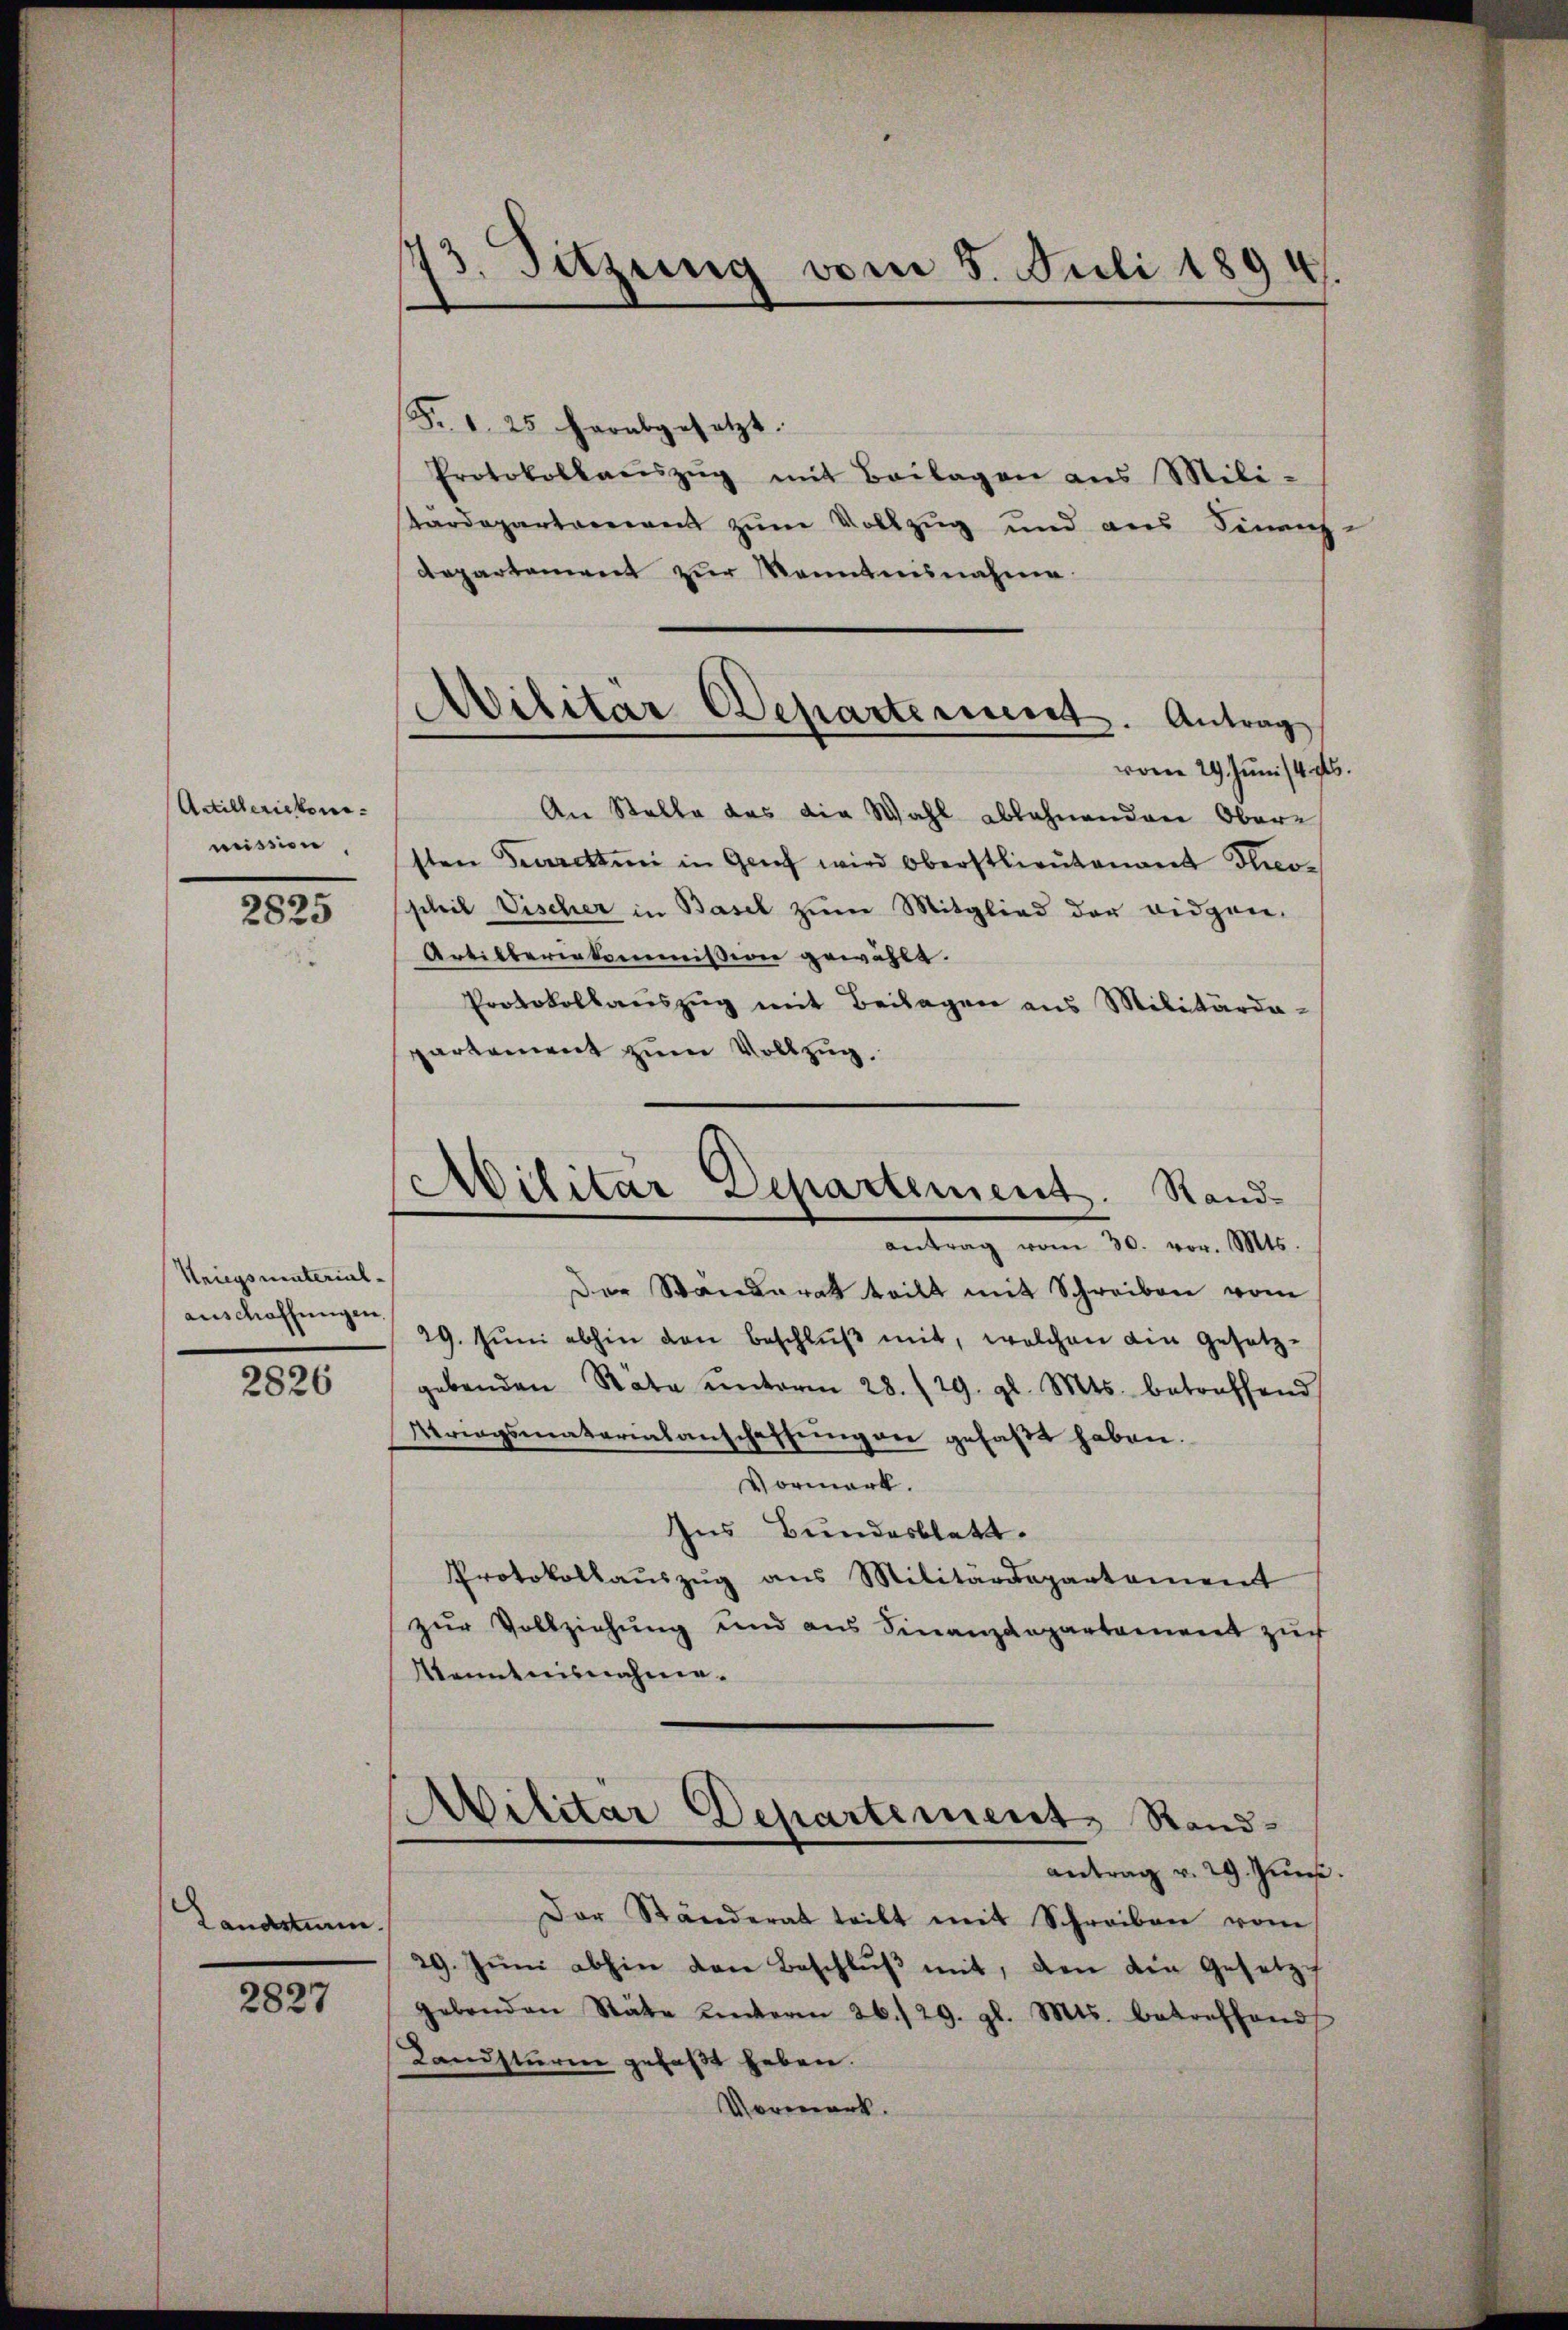
Artillerichen.
mission,

2825

Kriegsmaterialauschaffungen.

2826

Landsturm.

2827

73. Sitzung vom 5. Juli 1894.

Fr. 1. 25 herabgesetzt.
Protokollaŭszŭg mit Beilagen ans Mili-
tardepartariant zum Vollzug und aus Finanz-
departement zur Kenntnisnahme
An Stelle das die Wahl ablehnenden Obere
sten Feueretten in Genf wird Oberstlieutenant Theo-
scheil Vischer in Basel zŭm Mitglied der eidgen.
Artilberiekommission gewählt.
Protokollaŭszŭg mit Beilagen aus Militärde-
partement zum Vollzug.
Der Standerat teilt mit Schreiben vom
29. Jŭni abhin den beschlŭβ mit, welchen ein Gesetz-
gebenden Rata unterm 28./29. gl. Mts. betreffend
Kriegsmaterialanschaffung die gefaßt haben.
Vormark.
Ins Bundesblatt.
Protokollaŭszŭg ans Militärdepartement
zŭr Vollziehung und aus Finanzdepartament zŭr
Kenntnisnahme.
Militar Departement, Rand-
antrag v. 29. Jun.
Der Ständerat teilt mit Schreiben vom
29. Jŭni abhin den Beschlŭβ mit, den die Gesetze
gebenden Stäte unterm 26./29. gl. Mts. betreffend
Landsturm gefaßt geben.
Vormerk.

2
Wilitar Departement. Antrag
vom 29. Juni /4 96.

Militar Separtement. Stand-
antrag vom 30. vor. Mts.